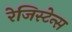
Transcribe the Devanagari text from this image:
रेजिस्टेन्स